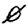
Digit: 0